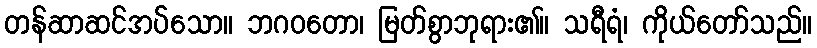
တန်ဆာဆင်အပ်သော။ ဘဂဝတော၊ မြတ်စွာဘုရား၏။ သရီရံ၊ ကိုယ်တော်သည်။